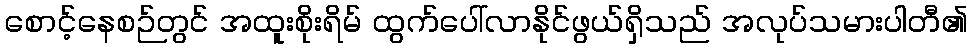
စောင့်နေစဉ်တွင် အထူးစိုးရိမ် ထွက်ပေါ်လာနိုင်ဖွယ်ရှိသည် အလုပ်သမားပါတီ၏